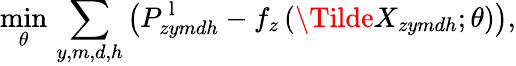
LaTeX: \operatorname*{min}_{\theta}\, \sum_{y,m,d,h}\left(P_{zymdh}^{\mathrm{~l~}}-f_{z}\left(\Tilde{X}_{zymdh};\theta\right)\right),